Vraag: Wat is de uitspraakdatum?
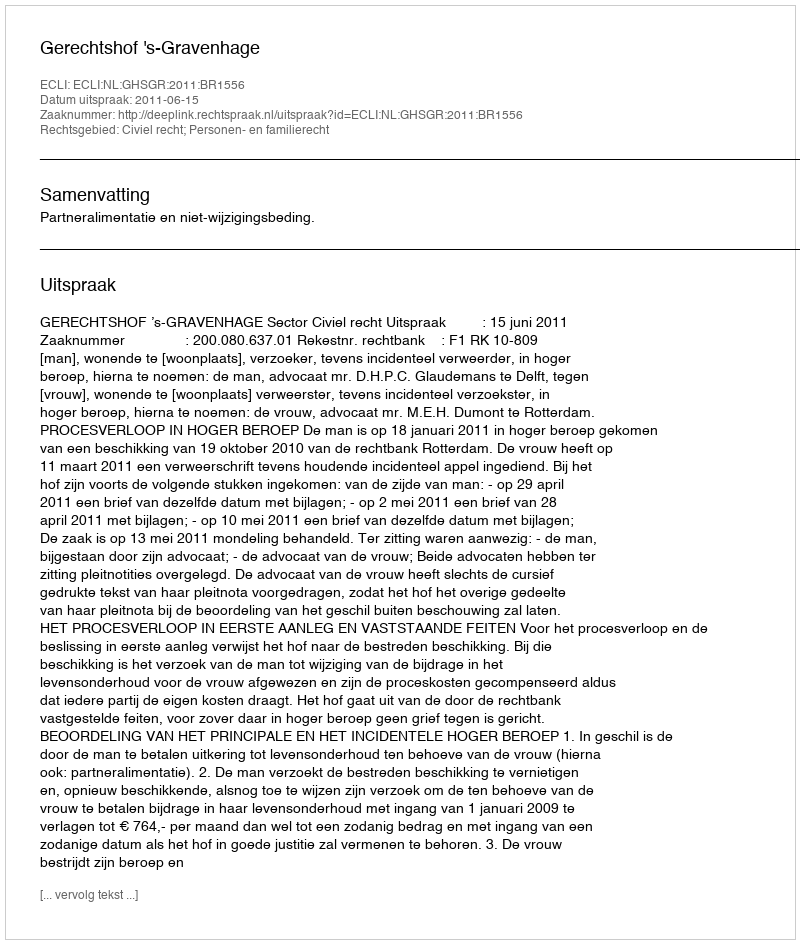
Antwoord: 2011-06-15